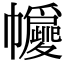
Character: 㡪